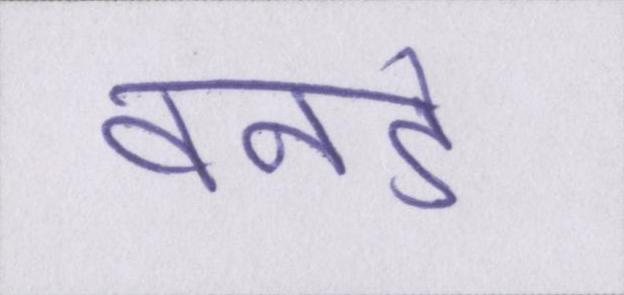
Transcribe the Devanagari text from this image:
वनडे